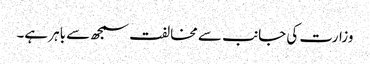
وزارت کی جانب سے مخالفت سمجھ سے باہر ہے۔